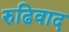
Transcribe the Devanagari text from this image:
रुढिवाद